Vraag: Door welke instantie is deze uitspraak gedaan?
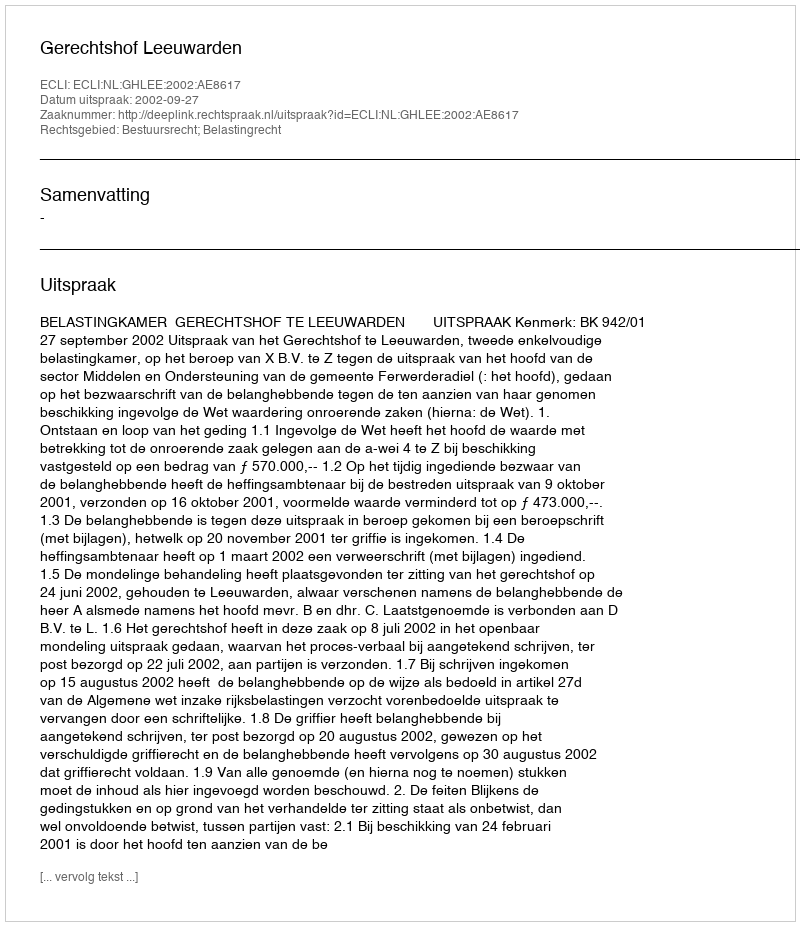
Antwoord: Gerechtshof Leeuwarden